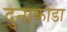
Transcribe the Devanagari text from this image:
दुनाकोंडा